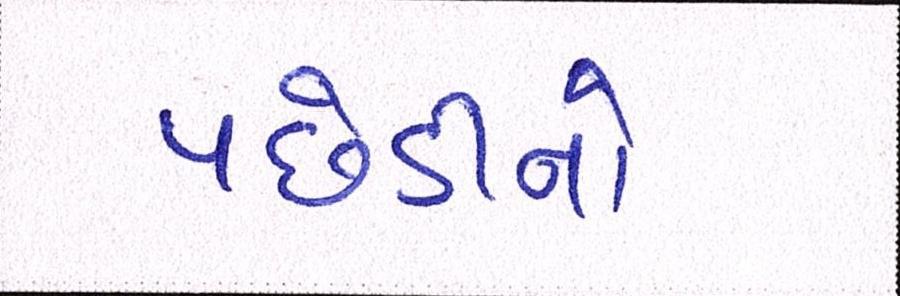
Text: પછેડીનો